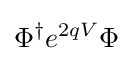
\Phi ^{\dagger }e^{2qV}\Phi